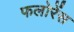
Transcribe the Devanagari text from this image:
फलोरेंस